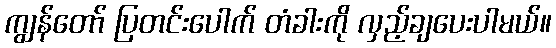
ကျွန်တော် ပြတင်းပေါက် တံခါးကို လှည့်ချပေးပါမယ်။